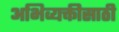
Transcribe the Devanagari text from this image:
अभिव्यक्तीसाठी